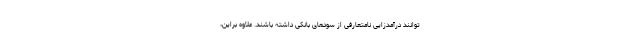
‌توانند درآمدزایی نامتعارفی از سودهای بانکی داشته باشند. علاوه براین،